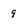
Character: 9